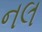
નલ